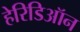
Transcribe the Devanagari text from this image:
हेरिडिऑन